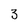
Character: 3